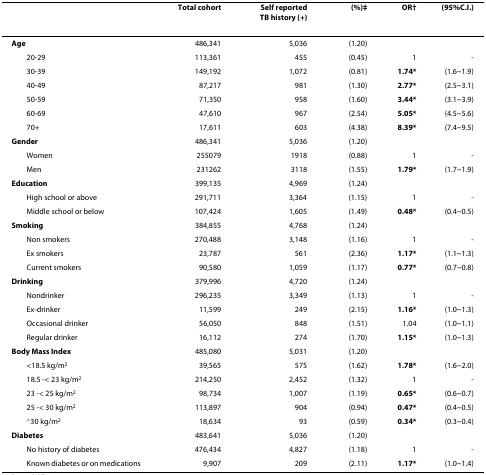
<table><thead><tr><td></td><td><b>Total cohort</b></td><td><b>Self reportedTB history (+)</b></td><td><b>(%)‡</b></td><td><b>OR†</b></td><td><b>(95%C.I.)</b></td></tr></thead><tbody><tr><td><b>Age</b></td><td>486,341</td><td>5,036</td><td>(1.20)</td><td></td><td></td></tr><tr><td> 20-29</td><td>113,361</td><td>455</td><td>(0.45)</td><td>1</td><td>-</td></tr><tr><td> 30-39</td><td>149,192</td><td>1,072</td><td>(0.81)</td><td><b>1.74*</b></td><td>(1.6~1.9)</td></tr><tr><td> 40-49</td><td>87,217</td><td>981</td><td>(1.30)</td><td><b>2.77*</b></td><td>(2.5~3.1)</td></tr><tr><td> 50-59</td><td>71,350</td><td>958</td><td>(1.60)</td><td><b>3.44*</b></td><td>(3.1~3.9)</td></tr><tr><td> 60-69</td><td>47,610</td><td>967</td><td>(2.54)</td><td><b>5.05*</b></td><td>(4.5~5.6)</td></tr><tr><td> 70+</td><td>17,611</td><td>603</td><td>(4.38)</td><td><b>8.39*</b></td><td>(7.4~9.5)</td></tr><tr><td><b>Gender</b></td><td>486,341</td><td>5,036</td><td>(1.20)</td><td></td><td></td></tr><tr><td> Women</td><td>255079</td><td>1918</td><td>(0.88)</td><td>1</td><td>-</td></tr><tr><td> Men</td><td>231262</td><td>3118</td><td>(1.55)</td><td><b>1.79*</b></td><td>(1.7~1.9)</td></tr><tr><td><b>Education</b></td><td>399,135</td><td>4,969</td><td>(1.24)</td><td></td><td></td></tr><tr><td> High school or above</td><td>291,711</td><td>3,364</td><td>(1.15)</td><td>1</td><td>-</td></tr><tr><td> Middle school or below</td><td>107,424</td><td>1,605</td><td>(1.49)</td><td><b>0.48*</b></td><td>(0.4~0.5)</td></tr><tr><td><b>Smoking</b></td><td>384,855</td><td>4,768</td><td>(1.24)</td><td></td><td></td></tr><tr><td> Non smokers</td><td>270,488</td><td>3,148</td><td>(1.16)</td><td>1</td><td>-</td></tr><tr><td> Ex smokers</td><td>23,787</td><td>561</td><td>(2.36)</td><td><b>1.17*</b></td><td>(1.1~1.3)</td></tr><tr><td> Current smokers</td><td>90,580</td><td>1,059</td><td>(1.17)</td><td><b>0.77*</b></td><td>(0.7~0.8)</td></tr><tr><td><b>Drinking</b></td><td>379,996</td><td>4,720</td><td>(1.24)</td><td></td><td></td></tr><tr><td> Nondrinker</td><td>296,235</td><td>3,349</td><td>(1.13)</td><td>1</td><td>-</td></tr><tr><td> Ex-drinker</td><td>11,599</td><td>249</td><td>(2.15)</td><td><b>1.16*</b></td><td>(1.0~1.3)</td></tr><tr><td> Occasional drinker</td><td>56,050</td><td>848</td><td>(1.51)</td><td>1.04</td><td>(1.0~1.1)</td></tr><tr><td> Regular drinker</td><td>16,112</td><td>274</td><td>(1.70)</td><td><b>1.15*</b></td><td>(1.0~1.3)</td></tr><tr><td><b>Body Mass Index</b></td><td>485,080</td><td>5,031</td><td>(1.20)</td><td></td><td></td></tr><tr><td> &lt;18.5 kg/m<sup>2</sup></td><td>39,565</td><td>575</td><td>(1.62)</td><td><b>1.78*</b></td><td>(1.6~2.0)</td></tr><tr><td> 18.5 -&lt; 23 kg/m<sup>2</sup></td><td>214,250</td><td>2,452</td><td>(1.32)</td><td>1</td><td>-</td></tr><tr><td> 23 -&lt; 25 kg/m<sup>2</sup></td><td>98,734</td><td>1,007</td><td>(1.19)</td><td><b>0.65*</b></td><td>(0.6~0.7)</td></tr><tr><td> 25 -&lt; 30 kg/m<sup>2</sup></td><td>113,897</td><td>904</td><td>(0.94)</td><td><b>0.47*</b></td><td>(0.4~0.5)</td></tr><tr><td> ≧30 kg/m<sup>2</sup></td><td>18,634</td><td>93</td><td>(0.59)</td><td><b>0.34*</b></td><td>(0.3~0.4)</td></tr><tr><td><b>Diabetes</b></td><td>483,641</td><td>5,036</td><td>(1.20)</td><td></td><td></td></tr><tr><td> No history of diabetes</td><td>476,434</td><td>4,827</td><td>(1.18)</td><td>1</td><td>-</td></tr><tr><td> Known diabetes or on medications</td><td>9,907</td><td>209</td><td>(2.11)</td><td><b>1.17*</b></td><td>(1.0~1.4)</td></tr></tbody></table>